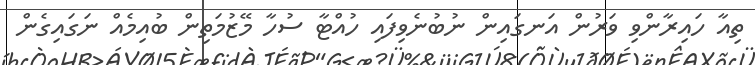
ތިއާ ހައިރާންވި ވަރުން އަނގައިން ނުބުނެވިފައި ހުއްޓާ ސުހާ މޭޒުމަތިން ބުއިމެއް ނަގައިގެން